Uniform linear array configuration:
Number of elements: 12
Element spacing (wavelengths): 0.75
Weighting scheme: cosine
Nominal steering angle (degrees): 45
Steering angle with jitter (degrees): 46.157
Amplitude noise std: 0.05
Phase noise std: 0.05

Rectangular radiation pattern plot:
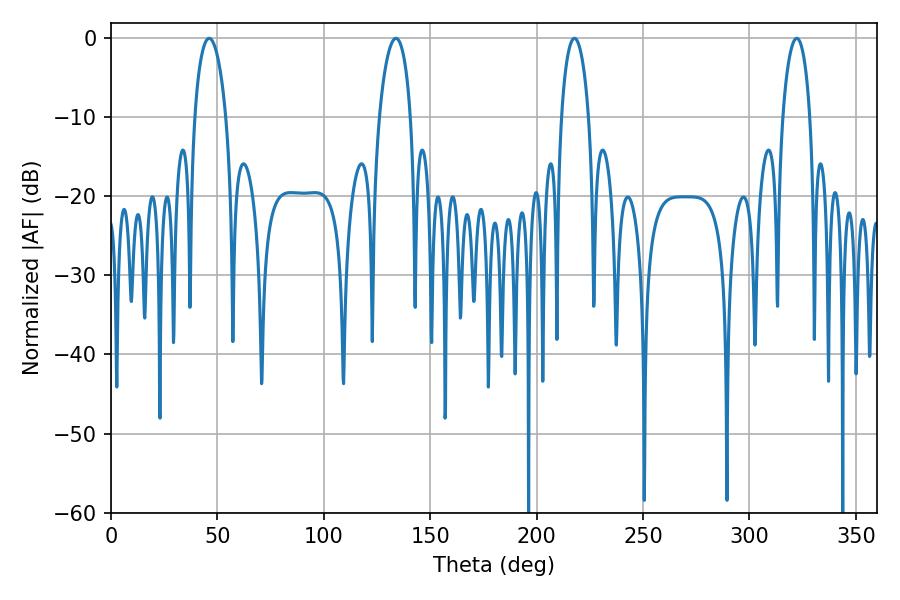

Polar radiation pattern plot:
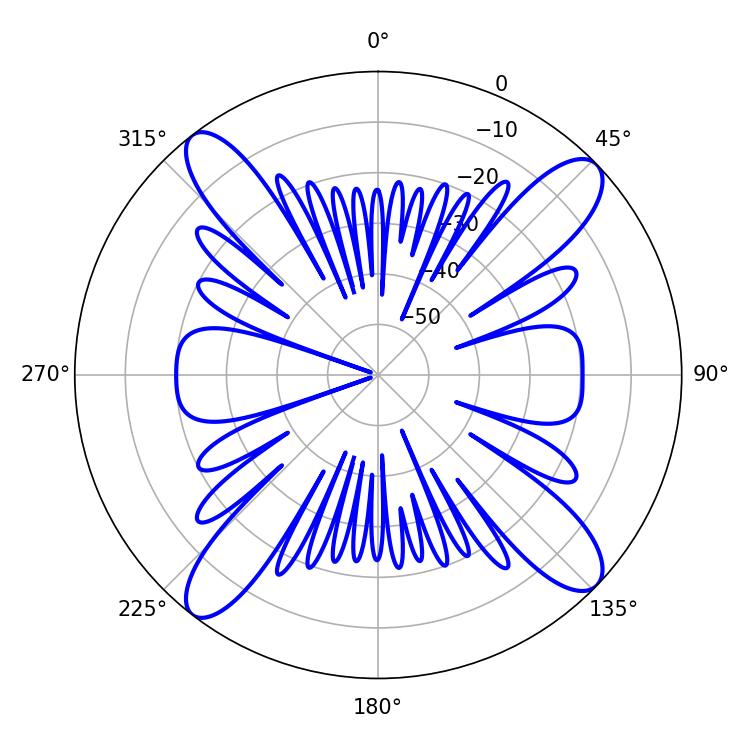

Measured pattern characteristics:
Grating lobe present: TRUE
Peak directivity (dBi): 15.359
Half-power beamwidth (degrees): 7.38
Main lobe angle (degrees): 217.8